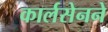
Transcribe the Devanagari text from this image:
कार्लसेनने